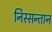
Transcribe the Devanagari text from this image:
निस्सन्तान